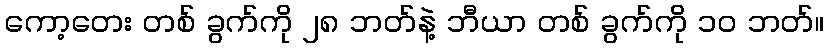
ကော့တေး တစ် ခွက်ကို ၂၈ ဘတ်နဲ့ ဘီယာ တစ် ခွက်ကို ၁၀ ဘတ်။